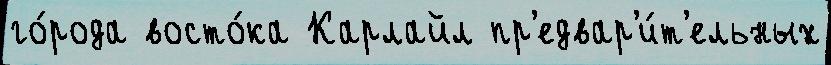
го́рода восто́ка Карлайл пр'едвар'и́т'ельных